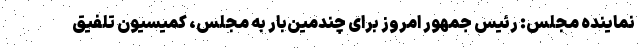
نماینده مجلس: رئیس جمهور امروز برای چندمین‌بار به مجلس، کمیسیون تلفیق